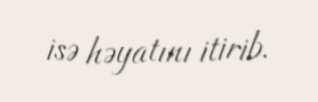
isə həyatını itirib.